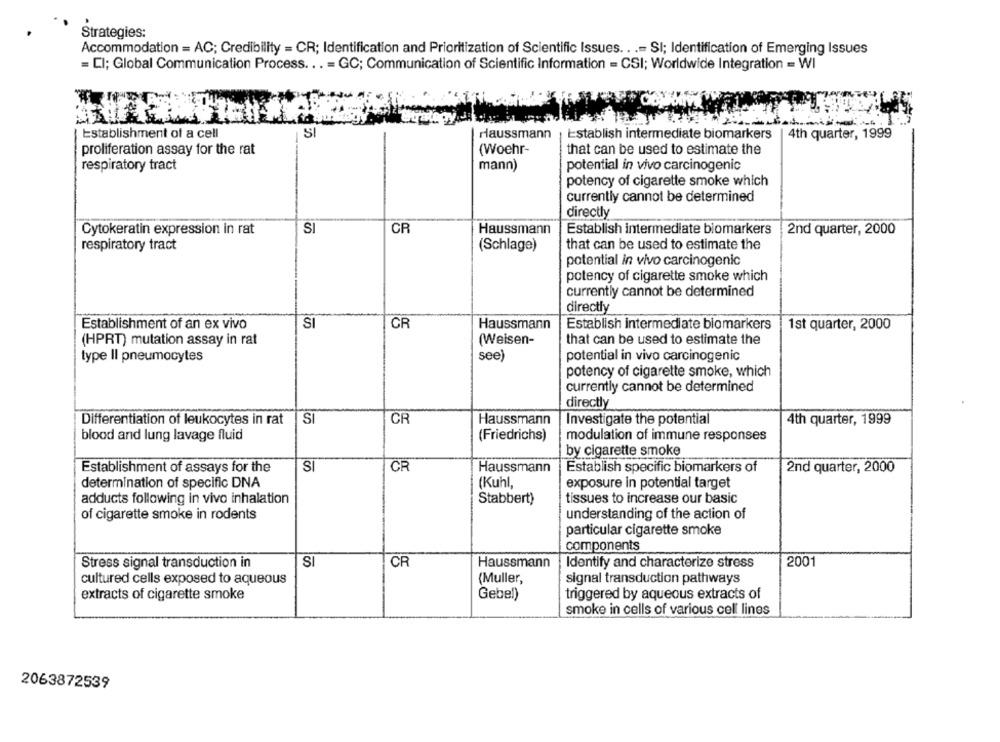
Strategies:
Accommodation = AC; Credibility = CR; Identification and Prioritization of Scientific Issues .. .= SI; Identification of Emerging Issues
= CI; Global Communication Process ... = GC; Communication of Scientific Information = CSI; Worldwide Integration = WI
Establishment of a cell
SI
Haussmann , Establish intermediate biomarkers
| 4th quarter, 1999
proliferation assay for the rat
(Woehr-
that can be used to estimate the
respiratory tract
mann)
potential in vivo carcinogenic
potency of cigarette smoke which
currently cannot be determined
directly
Cytokeratin expression in rat
SI
CR
Haussmann
Establish intermediate biomarkers
2nd quarter, 2000
respiratory tract
(Schlage)
that can be used to estimate the
potential in vivo carcinogenic
potency of cigarette smoke which
currently cannot be determined
directly
Establishment of an ex vivo
SI
CR
Haussmann
Establish intermediate biomarkers
1st quarter, 2000
(HPRT) mutation assay in rat
(Weisen-
that can be used to estimate the
see)
potential in vivo carcinogenic
type Il pneumocytes
potency of cigarette smoke, which
currently cannot be determined
directly
Differentiation of leukocytes in rat
SI
CR
Haussmann
Investigate the potential
4th quarter, 1999
blood and lung lavage fluid
(Friedrichs)
modulation of immune responses
by cigarette smoke
SI
CR
Establishment of assays for the
Haussmann
Establish specific biomarkers of
2nd quarter, 2000
determination of specific DNA
(Kuhl,
exposure in potential target
adducts following in vivo inhalation
Stabbert)
tissues to increase our basic
of cigarette smoke in rodents
understanding of the action of
particular cigarette smoke
components
Stress signal transduction in
SI
CR
Haussmann
Identify and characterize stress
2001
cultured cells exposed to aqueous
(Muller,
signal transduction pathways
extracts of cigarette smoke
Gebel)
triggered by aqueous extracts of
smoke in cells of various cell lines
2063872539